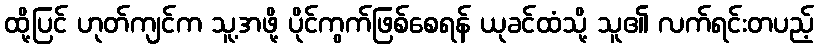
ထို့ပြင် ဟုတ်ကျင်က သူ့အဖို့ ပိုင်ကွက်ဖြစ်စေရန် ယုခင်ထံသို့ သူ၏ လက်ရင်းတပည့်